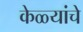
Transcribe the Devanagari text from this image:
केळ्यांचे